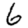
Digit: 6